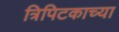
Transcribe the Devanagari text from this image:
त्रिपिटकाच्या